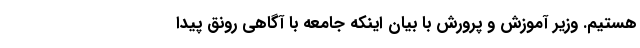
هستیم. وزیر آموزش و پرورش با بیان اینکه جامعه با آگاهى رونق پیدا